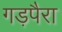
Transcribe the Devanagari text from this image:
गड़पैरा